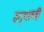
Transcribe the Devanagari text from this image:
हन्थावदी